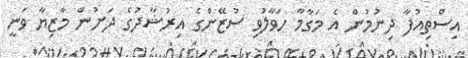
އިސްތިއުފާ ދިނުމުން އެ މަގާމާ ހަވާލުވި ސުޒޭންގެ އިރުޝާދުގެ ދަށުން މާޒިޔާ ވަނީ